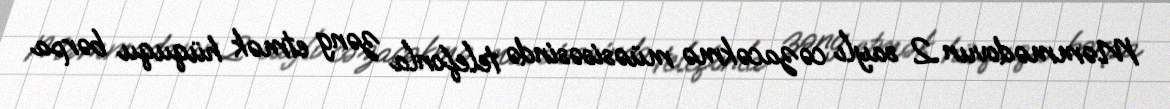
Məmmədovun 2 saylı cəzacəkmə müəsisəsində telefonla zəng etmək hüququ bərpa